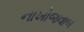
નાખોજવાબ